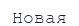
Новая